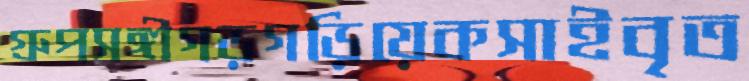
গ্রুপসঙ্গীগড়গড়িয়েকসাইবৃত